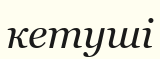
кетуші